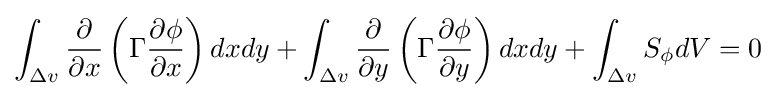
\int _{\Delta {v}}{\frac {\partial {}}{\partial {}x}}\left(\Gamma {}{\frac {\partial {}\phi {}}{\partial {}x}}\right)dxdy+\int _{\Delta {v}}{\frac {\partial {}}{\partial {}y}}\left(\Gamma {}{\frac {\partial {}\phi {}}{\partial {}y}}\right)dxdy+\int _{\Delta {v}}S_{\phi {}}dV=0